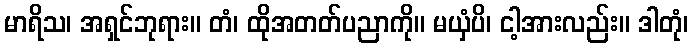
မာရိသ၊ အရှင်ဘုရား။ တံ၊ ထိုအတတ်ပညာကို။ မယှံပိ၊ ငါ့အားလည်း။ ဒါတုံ၊